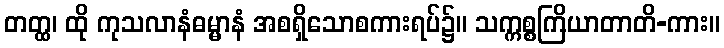
တတ္ထ၊ ထို ကုသလာနံဓမ္မာနံ အစရှိသောစကားရပ်၌။ သက္ကစ္စကြိယာတာတိ-ကား။